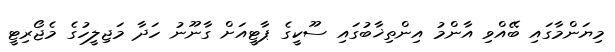
މިޔަންމާގައި ބޭއްވި އާންމު އިންތިޚާބުގައި ސޫކީގެ ޕާޓީއަށް ގާނޫނު ހަދާ މަޖިލީހުގެ މެޖޯރިޓީ